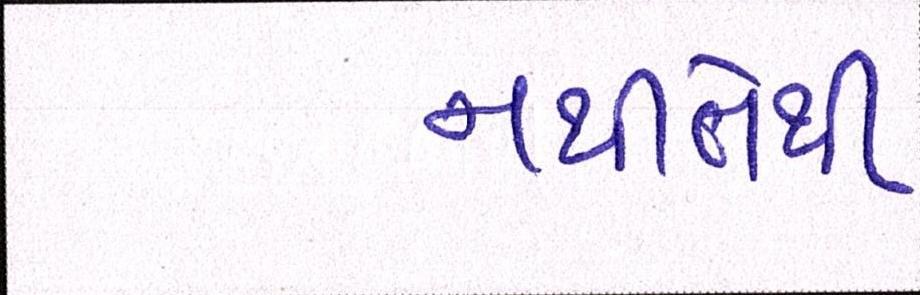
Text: નથીતેથી